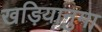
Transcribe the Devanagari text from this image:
खड़ियानुमा